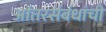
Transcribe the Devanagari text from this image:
आंतरसंबंधांची